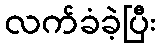
လက်ခံခဲ့ပြီး